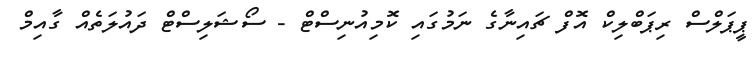
ޕީޕަލްސް ރިޕަބްލިކް އޮފް ޗައިނާގެ ނަމުގައި ކޮމިއުނިސްޓް - ސޯޝަލިސްޓް ދައުލަތެއް ގާއިމް